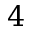
4